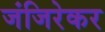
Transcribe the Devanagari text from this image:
जंजिरेकर